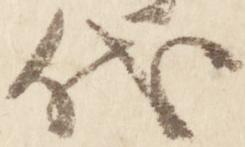
代